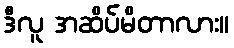
ဒီလူ အဆိပ်မိတာလား။